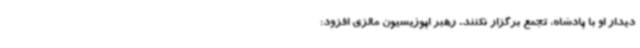
دیدار او با پادشاه، تجمع برگزار نکنند. رهبر اپوزیسیون مالزی افزود: